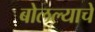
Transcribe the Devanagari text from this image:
बोलल्याचे